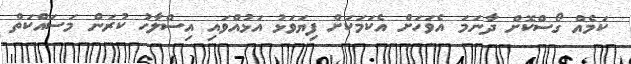
ކަމެއް ގޯސްކޮށް ދާނަމަ އެވަހަށް އެކަމަކަށް ފިޔަވަޅު އަޅުއްވައި އިސްލާހު ކުރަން މަސައްކަތް